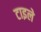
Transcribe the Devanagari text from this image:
टाइले